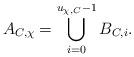
LaTeX: \begin{align*}A_{C,\chi}=\bigcup_{i=0}^{u_{\chi,C}-1}B_{C,i}. \end{align*}